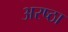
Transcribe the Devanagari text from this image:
अरष्ठा